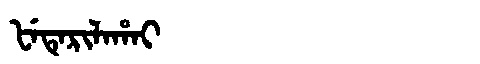
Manchu: ᡶᡝᡨᡝᡵᡳᠯᠠᡥᠠᡳ
Romanization: FETERILAHAI